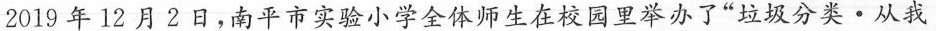
2019年12月2日。南平市实验小学全体师生在校园里举办了”垃圾分类·从我